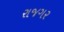
રાજગર